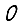
Digit: 0